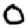
Digit: 0